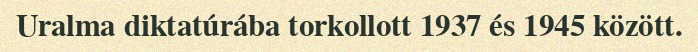
Uralma diktatúrába torkollott 1937 és 1945 között.